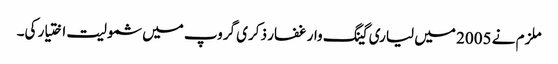
ملزم نے 2005 میں لیاری گینگ وار غفار ذکری گروپ میں شمولیت اختیار کی۔